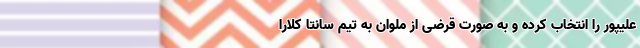
علیپور را انتخاب کرده و به صورت قرضی از ملوان به تیم سانتا کلارا